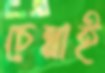
চেন্নাই